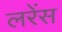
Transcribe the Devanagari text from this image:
लरेंस